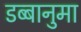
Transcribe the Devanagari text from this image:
डब्बानुमा